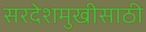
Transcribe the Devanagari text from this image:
सरदेशमुखीसाठी